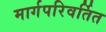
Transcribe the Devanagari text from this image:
मार्गपरिवर्तित